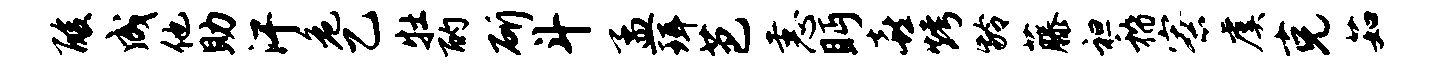
酸成他助汗危乙牡酌斫斗孟珥芭恚眄喜烤龄藤袒稽寮虞克茹